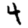
Digit: 4